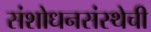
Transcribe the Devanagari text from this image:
संशोधनसंस्थेची